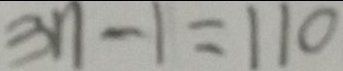
3 n - 1 = 1 1 0